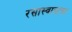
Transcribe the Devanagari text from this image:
रसास्वादाचा